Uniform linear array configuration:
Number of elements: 64
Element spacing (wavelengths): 0.5
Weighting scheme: hann
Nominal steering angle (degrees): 30
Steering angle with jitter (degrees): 28.75
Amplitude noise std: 0.05
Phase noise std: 0.05

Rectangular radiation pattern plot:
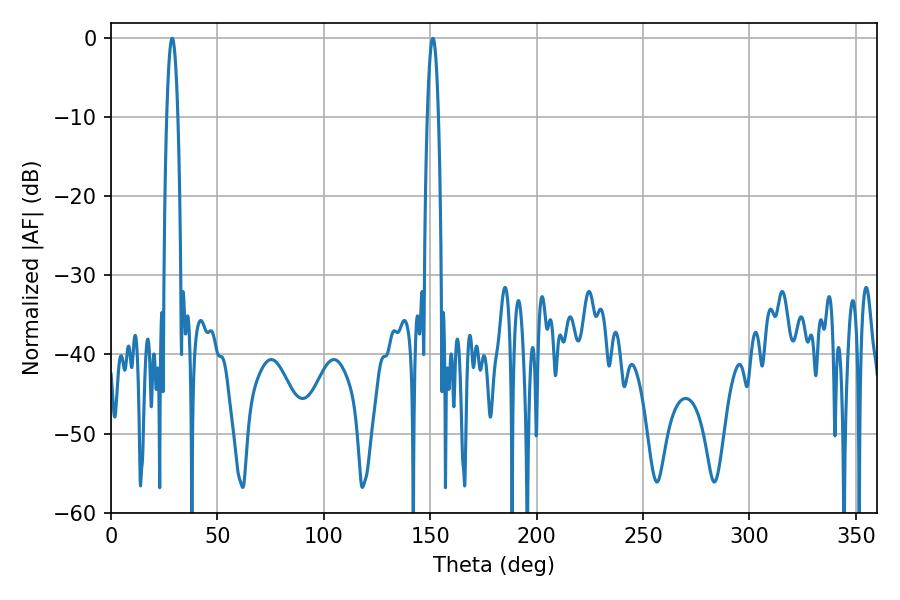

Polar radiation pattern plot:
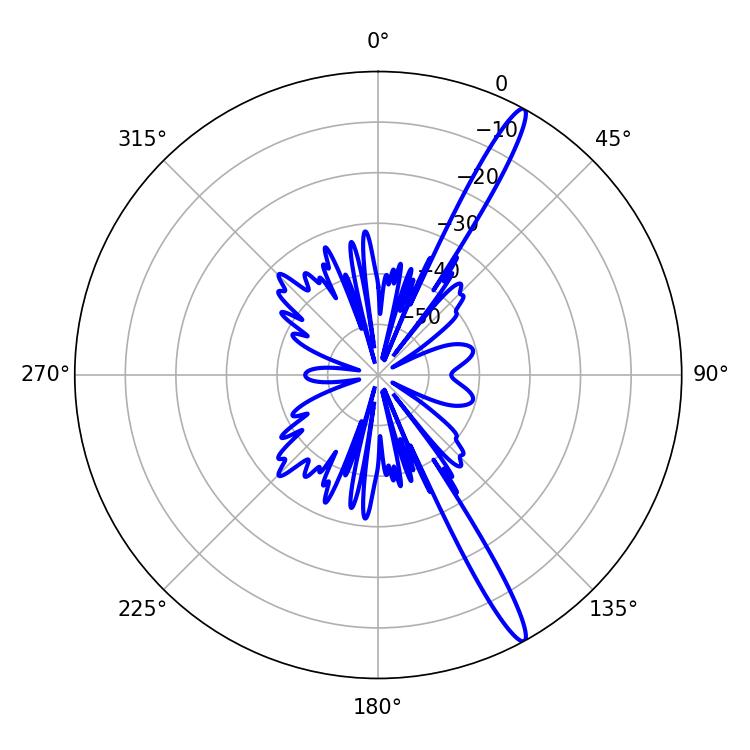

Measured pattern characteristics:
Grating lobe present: FALSE
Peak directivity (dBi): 15.794
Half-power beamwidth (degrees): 2.88
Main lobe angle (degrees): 151.2